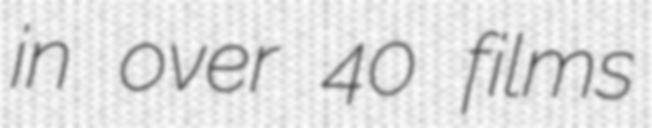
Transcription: in over 40 films